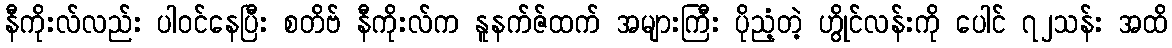
နီကိုးလ်လည်း ပါဝင်နေပြီး စတိဗ် နီကိုးလ်က နူနက်ဇ်ထက် အများကြီး ပိုညံ့တဲ့ ဟွိုင်လန်းကို ပေါင် ၇၂သန်း အထိ